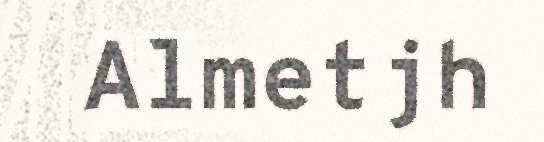
Almetjh